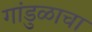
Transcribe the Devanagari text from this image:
गांडुळाचा